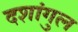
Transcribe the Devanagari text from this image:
दशांगुल